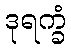
ဒုရက္ခံ